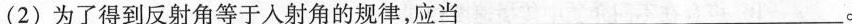
(2)为了得到反射角等于入射角的规律，应当___。